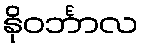
နိုဝင်္ဘာလ